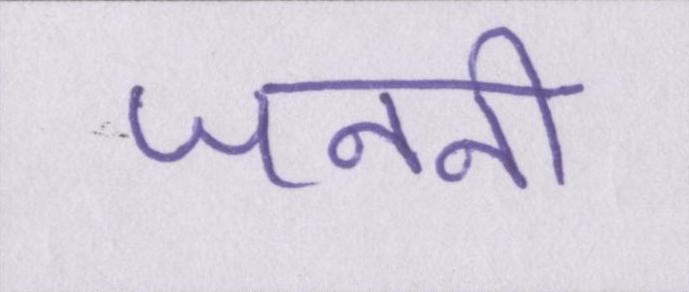
जननी